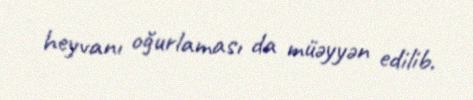
heyvanı oğurlaması da müəyyən edilib.